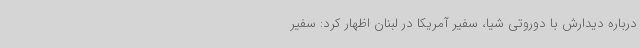
درباره دیدارش با دوروتی شیا، سفیر آمریکا در لبنان اظهار کرد: سفیر